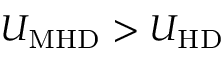
U _ { \mathrm { M H D } } > U _ { \mathrm { H D } }